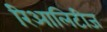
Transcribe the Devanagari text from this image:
रिआलिटीज